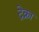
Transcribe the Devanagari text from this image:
ट्रेक्ना